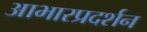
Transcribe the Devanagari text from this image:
आभारप्रदर्शन